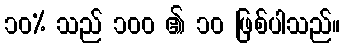
၁၀% သည် ၁၀၀ ၏ ၁၀ ဖြစ်ပါသည်။